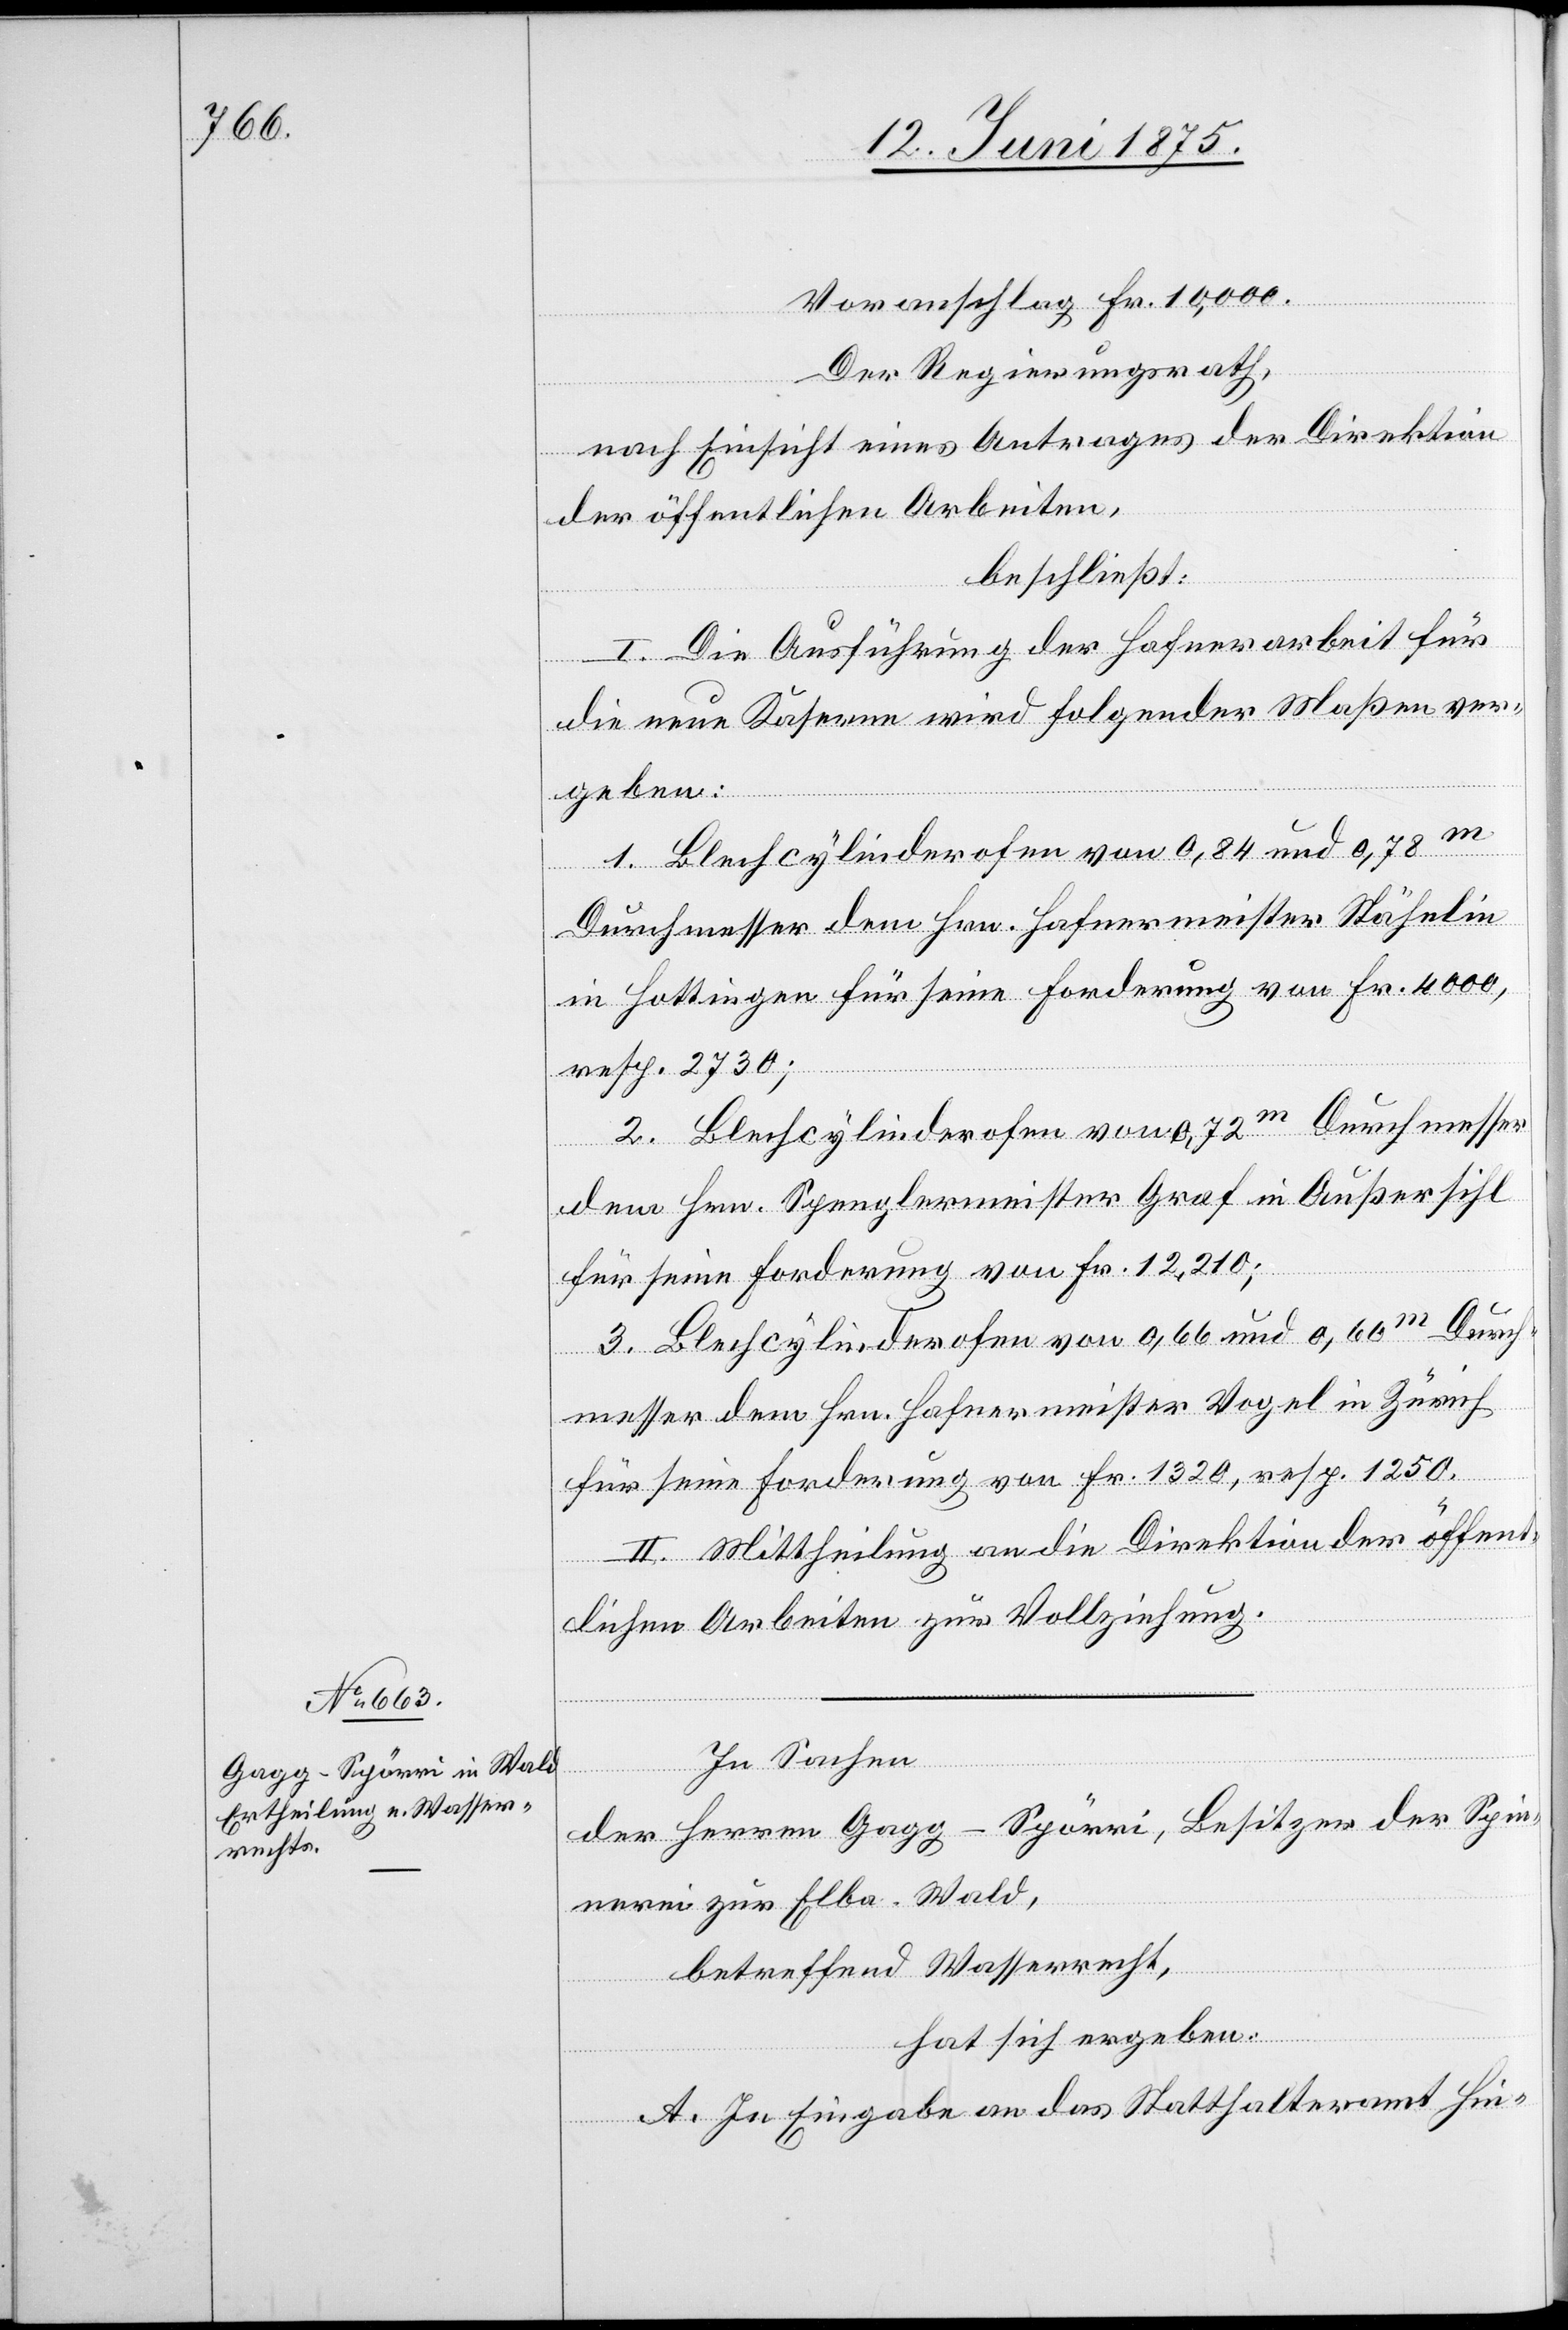
Voranschlag Fr. 10,000.
Der Regierungsrath,
nach Einsicht eines Antrages der Direktion
der öffentlichen Arbeiten,
beschließt:
I. Die Ausführung der Hafnerarbeit für
die neue Kaserne wird folgender Maßen ver¬
geben:
1. Blechcylinderofen von 0,84 und 0,78m
Durchmesser dem Hrn. Hafnermeister Stähelin
in Hottingen für seine Forderung von Fr. 4000,
resp. 2730;
2. Blechcylinderofen von 0,72m Durchmesser
dem Hrn. Spenglermeister Graf in Außersihl
für seine Forderung von Fr. 12,210;
3. Blechcylinderofen von 0,66 und 0,60m Durch¬
messer dem Hrn. Hafnermeister Vogel in Zürich
für seine Forderung von Fr. 1320, resp. 1250.
II. Mittheilung an die Direktion der öffent¬
lichen Arbeiten zur Vollziehung.
In Sachen
des Herren Gagg-Spörri, Besitzer der Spin¬
nerei zur Elba - Wald,
betreffend Wasserrecht,
hat sich ergeben:
A. in Eingabe an das Statthalteramt Hin-